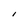
Character: I